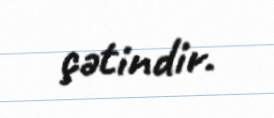
çətindir.